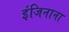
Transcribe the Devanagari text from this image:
इंजिनाना